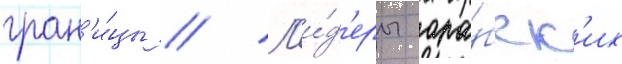
гран'и́цы // Л'и́д'еры ара́бск'их